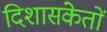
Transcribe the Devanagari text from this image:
दिशासंकेतों